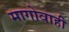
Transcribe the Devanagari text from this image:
मागोवाही